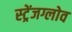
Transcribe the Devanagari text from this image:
स्ट्रेंजग्लोव